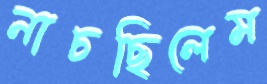
নাচছিলেম